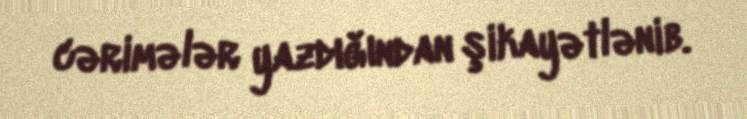
cərimələr yazdığından şikayətlənib.